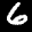
Label: 6